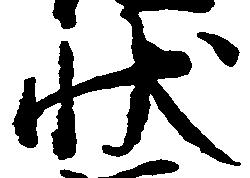
状